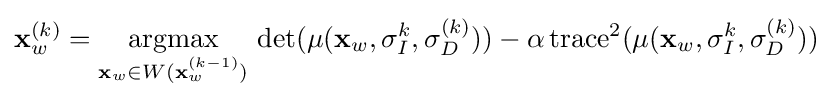
\mathbf {x} _{w}^{(k)}={\underset {\mathbf {x} _{w}\in W(\mathbf {x} _{w}^{(k-1)})}{\operatorname {argmax} }}\,\det(\mu (\mathbf {x} _{w},\sigma _{I}^{k},\sigma _{D}^{(k)}))-\alpha \operatorname {trace} ^{2}(\mu (\mathbf {x} _{w},\sigma _{I}^{k},\sigma _{D}^{(k)}))